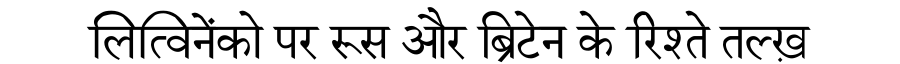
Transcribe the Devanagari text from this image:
लित्विनेंको पर रूस और ब्रिटेन के रिश्ते तल्ख़